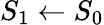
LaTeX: S_{1}\leftarrow S_{0}